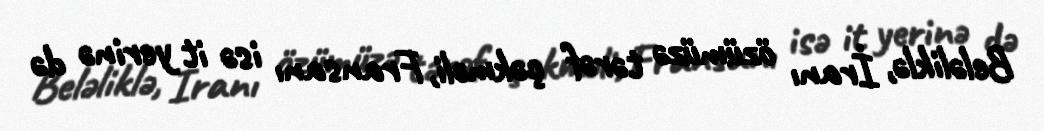
Beləliklə, İranı özümüzə tərəf çəkməli, Fransanı isə it yerinə də